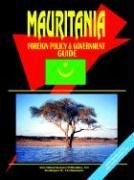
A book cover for Mauritania Foreign Policy And Government Guide; Ibp Usa; Travel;